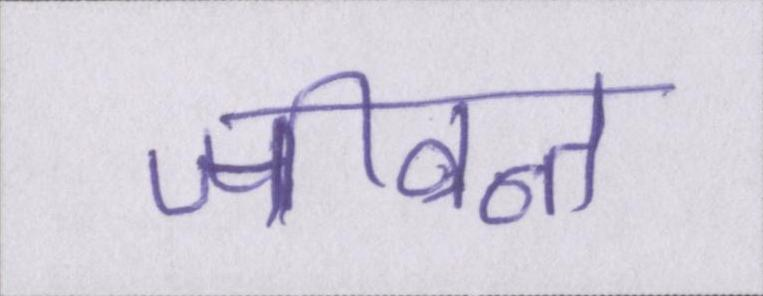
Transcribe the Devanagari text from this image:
जीवन्त